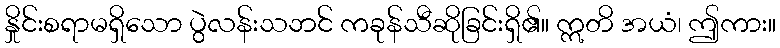
နှိုင်းစရာမရှိသော ပွဲလန်းသဘင် ကခုန်သီဆိုခြင်းရှိ၏။ ဣတိ အယံ၊ ဤကား။